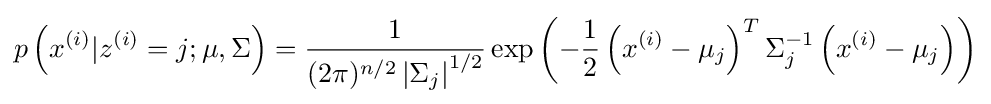
p\left(x^{(i)}|z^{(i)}=j;\mu ,\Sigma \right)={\frac {1}{(2\pi )^{n/2}\left|\Sigma _{j}\right|^{1/2}}}\exp \left(-{\frac {1}{2}}\left(x^{(i)}-\mu _{j}\right)^{T}\Sigma _{j}^{-1}\left(x^{(i)}-\mu _{j}\right)\right)